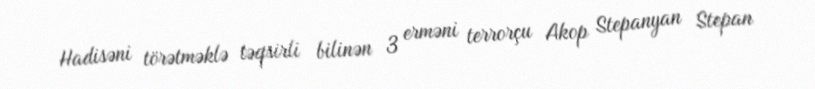
Hadisəni törətməklə təqsirli bilinən 3 erməni terrorçu Akop Stepanyan Stepan